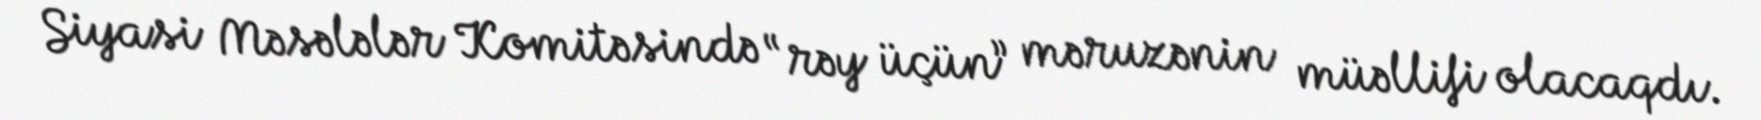
Siyasi Məsələlər Komitəsində “rəy üçün” məruzənin müəllifi olacaqdı.